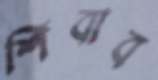
শিবাব